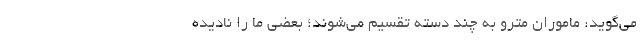
می‌گوید: ماموران مترو به چند دسته تقسیم می‌شوند؛ بعضی ما را نادیده